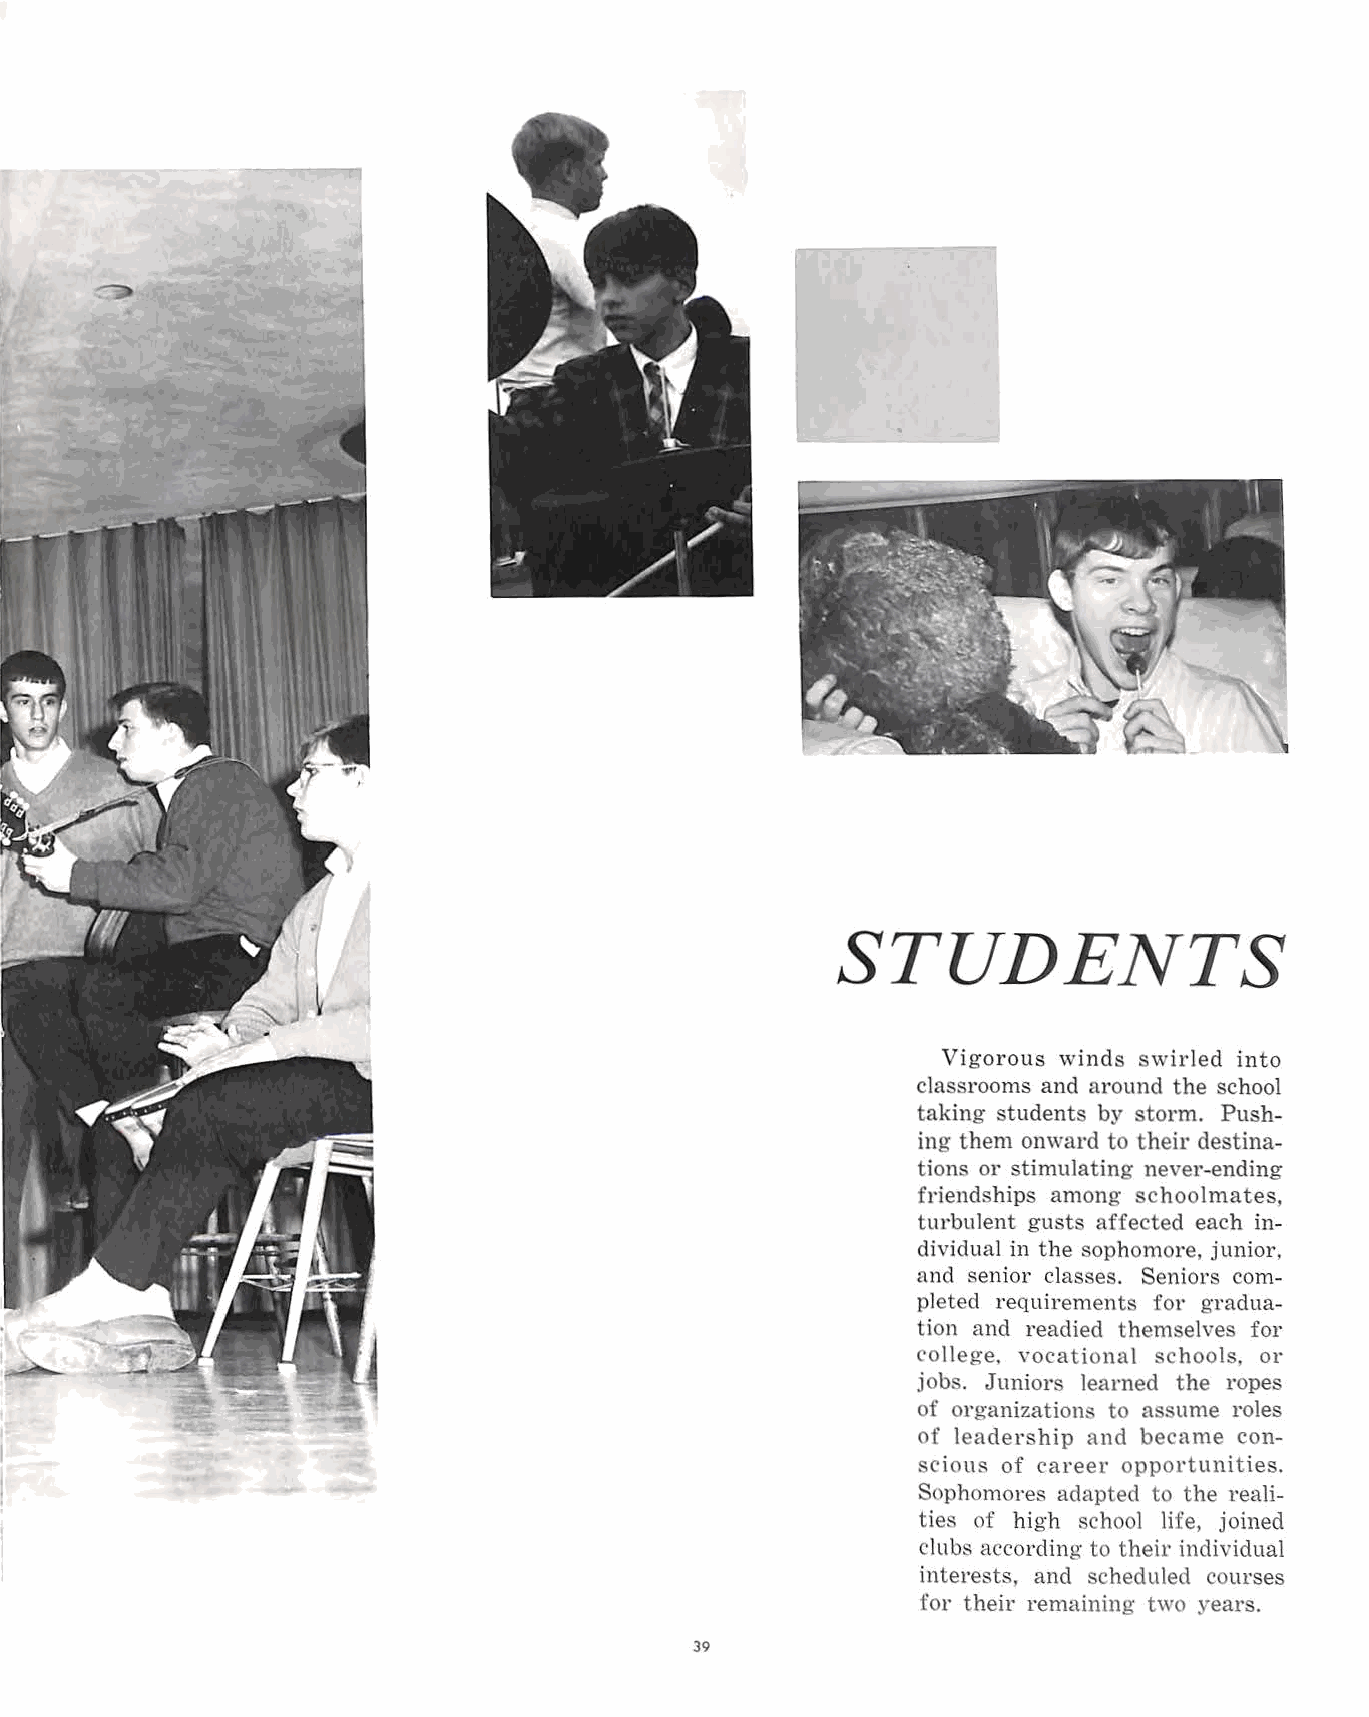
STUDENTS
 Vigorous winds swirled into
 classrooms and around the school
 taking students by storm. Push
 ing them onward to their destina
 tions or stimulating never-ending
 friendships among schoolmates,
 turbulent gusts affected each in
 dividual in the sophomore, junior,
 and senior classes. Seniors com
 pleted requirements for gradua
 tion and readied themselves for
 college, Yocational schools, or
 jobs. Juniors learned the ropes
 of organizations to assume roles
 of leadership and became con
 scious of career opportunities.
 Sophomores adapted to the reali
 ties of high school life, joined
 clubs according to their individual
 inte1·ests, and scheduled courses
 for their remaining two years.
 39